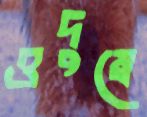
ওদুম্বে